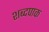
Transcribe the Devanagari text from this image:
शब्दपाक